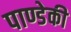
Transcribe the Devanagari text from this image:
पाण्डेकी